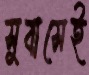
সুবাসেই